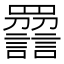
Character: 𧭿